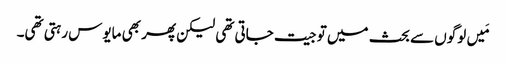
‏ مَیں لوگوں سے بحث میں تو جیت جاتی تھی لیکن پھر بھی مایوس رہتی تھی۔